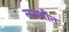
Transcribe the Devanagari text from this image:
लघवीत